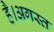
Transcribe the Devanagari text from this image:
है।अगस्त